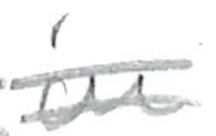
Text: in
Cross-out: double-line
Writing tool: pencil